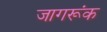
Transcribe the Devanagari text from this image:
जागरूंक